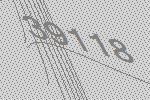
39118